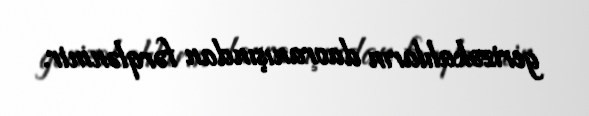
gerizəkalıların davranışından fərqlənmir.